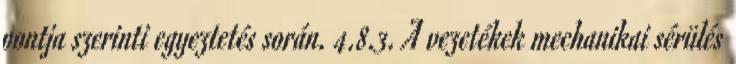
pontja szerinti egyeztetés során. 4.8.3. A vezetékek mechanikai sérülés